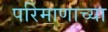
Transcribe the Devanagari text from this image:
परिमाणाच्या